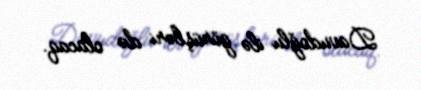
Davudoğlu ilə görüşləri də olacaq.